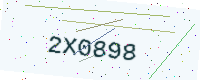
Text: 2X0898